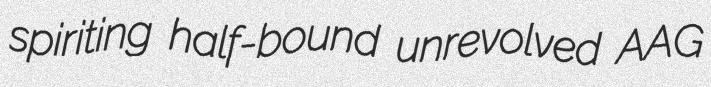
spiriting half-bound unrevolved AAG